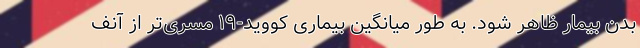
بدن بیمار ظاهر شود. به طور میانگین بیماری کووید-۱۹ مسری‌تر از آنف